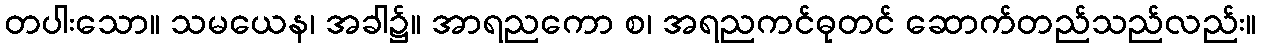
တပါးသော။ သမယေန၊ အခါ၌။ အာရညကော စ၊ အရညကင်ဓုတင် ဆောက်တည်သည်လည်း။